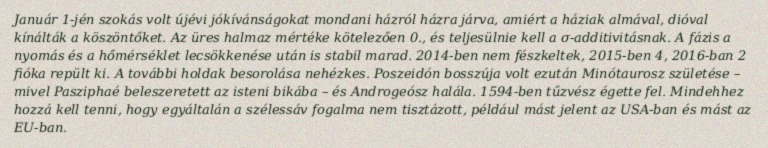
Január 1-jén szokás volt újévi jókívánságokat mondani házról házra járva, amiért a háziak almával, dióval kínálták a köszöntőket. Az üres halmaz mértéke kötelezően 0., és teljesülnie kell a σ-additivitásnak. A fázis a nyomás és a hőmérséklet lecsökkenése után is stabil marad. 2014-ben nem fészkeltek, 2015-ben 4, 2016-ban 2 fióka repült ki. A további holdak besorolása nehézkes. Poszeidón bosszúja volt ezután Minótaurosz születése – mivel Pasziphaé beleszeretett az isteni bikába – és Androgeósz halála. 1594-ben tűzvész égette fel. Mindehhez hozzá kell tenni, hogy egyáltalán a szélessáv fogalma nem tisztázott, például mást jelent az USA-ban és mást az EU-ban.